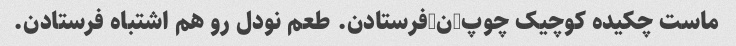
ماست چکیده کوچیک چوپ-ن-فرستادن. طعم نودل رو هم اشتباه فرستادن.